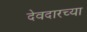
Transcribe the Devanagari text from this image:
देवदारच्या